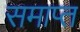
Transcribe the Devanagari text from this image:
समाप्त